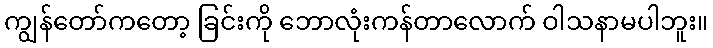
ကျွန်တော်ကတော့ ခြင်းကို ဘောလုံးကန်တာလောက် ဝါသနာမပါဘူး။